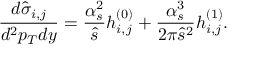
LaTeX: \frac { d \hat { \sigma } _ { i , j } } { d ^ { 2 } p _ { T } d y } = \frac { \alpha _ { s } ^ { 2 } } { \hat { s } } h _ { i , j } ^ { ( 0 ) } + \frac { \alpha _ { s } ^ { 3 } } { 2 \pi \hat { s } ^ { 2 } } h _ { i , j } ^ { ( 1 ) } .